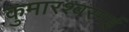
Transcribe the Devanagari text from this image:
कुमारश्‍वरमई